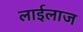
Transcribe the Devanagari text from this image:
लाईलाज